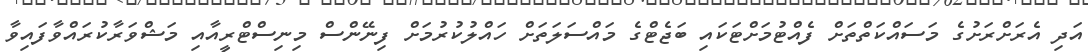
އަދި އެރަށްރަށުގެ މަސައްކަތްތަށް ފެއްޓުމަށްޓަކައި ބަޖެޓްގެ މައްސަލަތަށް ހައްލުކުރުމަށް ފިނޭންސް މިނިސްޓްރީއާއި މަޝްވަރާކުރައްވާފައިވާ